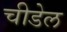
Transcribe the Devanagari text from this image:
चीडेल